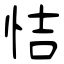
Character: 恄